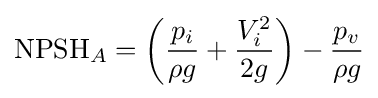
{\text{NPSH}}_{A}=\left({\frac {p_{i}}{\rho g}}+{\frac {V_{i}^{2}}{2g}}\right)-{\frac {p_{v}}{\rho g}}